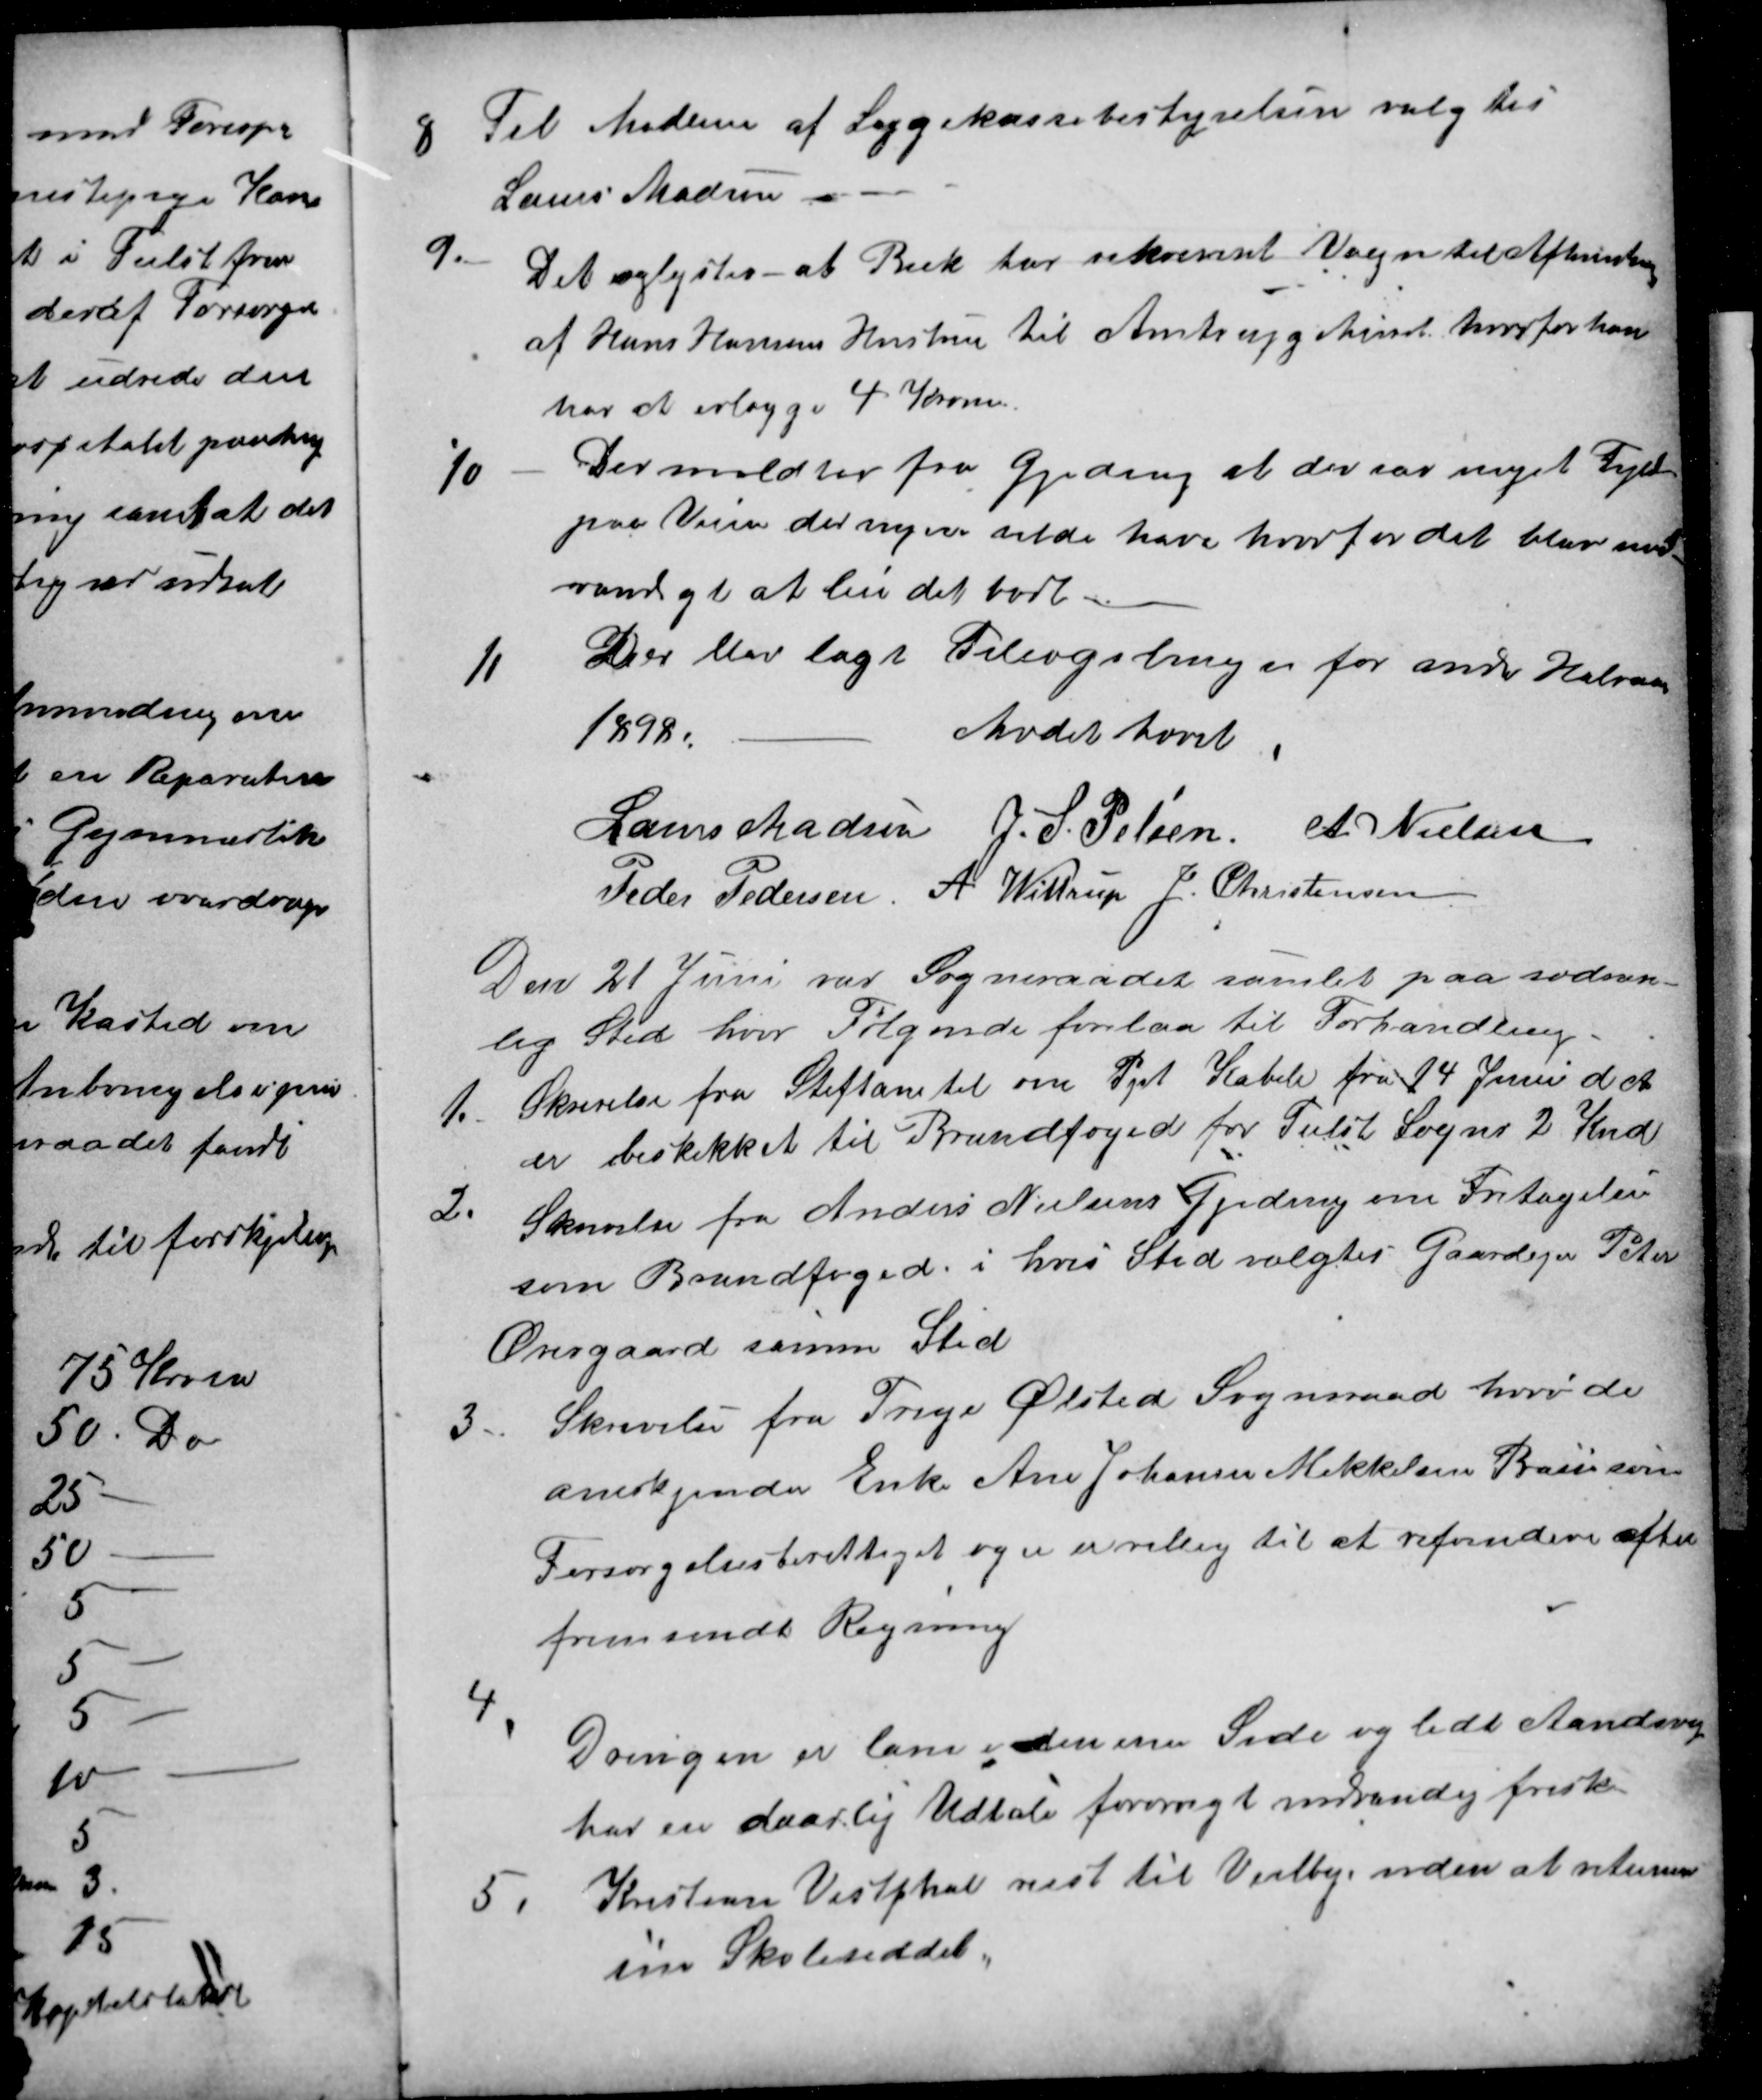
Transskription:
8
Til Medlem af Sygekassebestyrelsen valgtes
Laurs Madsen
9.
Det oplystes - at Beck har erhvervet Vogn til Afhentning
af Hans Hansens Hustru til Amtsygehuset, hvorfor han
har at erlægge 4 Kroner
10
Der meldtes fra Gjeding at der var noget Fyld
paa Veien der ingen vilde have hvorfor det blev nød-
vandigt at leie det bort
11
Der blev lagt Tillægslinger for anden Halvaar
1898.
Mødet hævet
Laurs Madsen 
J. S. Pelsen 
A. Nielsen
Peder Pedersen. 
A. Wittrup 
J. Christensen
Den 21 Juni var Sogneraadet samlet paa sædvan-
lig Sted hvor Følgende forelaa til Forhandling
1.
Skrivelse fra Stiftamtet om Ppt Kabell fra 14 Juni d. A.
er beskikket til Brandfoged for Tiilst Sogns 2 Kred
2.
Skrivelse fra Anders Nielsens Gjedring om Fritagelse
som Brandfoged i hvis Sted valgtes Gaardejer Peter
Overgaard samme Sted
3
Skrivelse fra Trige Ølsted Sogneraad hvor de
anerkjender Enke Ane Johanne Mikkelsen Basse søn
Forsørgelsesberettiget og er er villig til at refundere efter
fremsendt Regning
4.
Drengen er lam i den ene Side og lidt Aandsvag
har en daarlig Udtale forøvrigt indvendig frisk
5.
Kristian Vestphal reist til Veilby, uden at returnere
sin Skoleseddel.